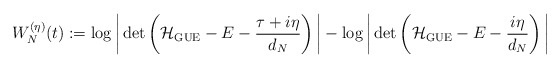
\begin{align*} W^{(\eta)}_{N}(t) := \log\bigg{|}\det\left(\mathcal{H}_{\mathrm{GUE}}-E-\frac{\tau+i\eta}{d_{N}}\right)\bigg{|}-\log\bigg{|}\det\left(\mathcal{H}_{\mathrm{GUE}}-E-\frac{i\eta}{d_{N}}\right)\bigg{|} \end{align*}